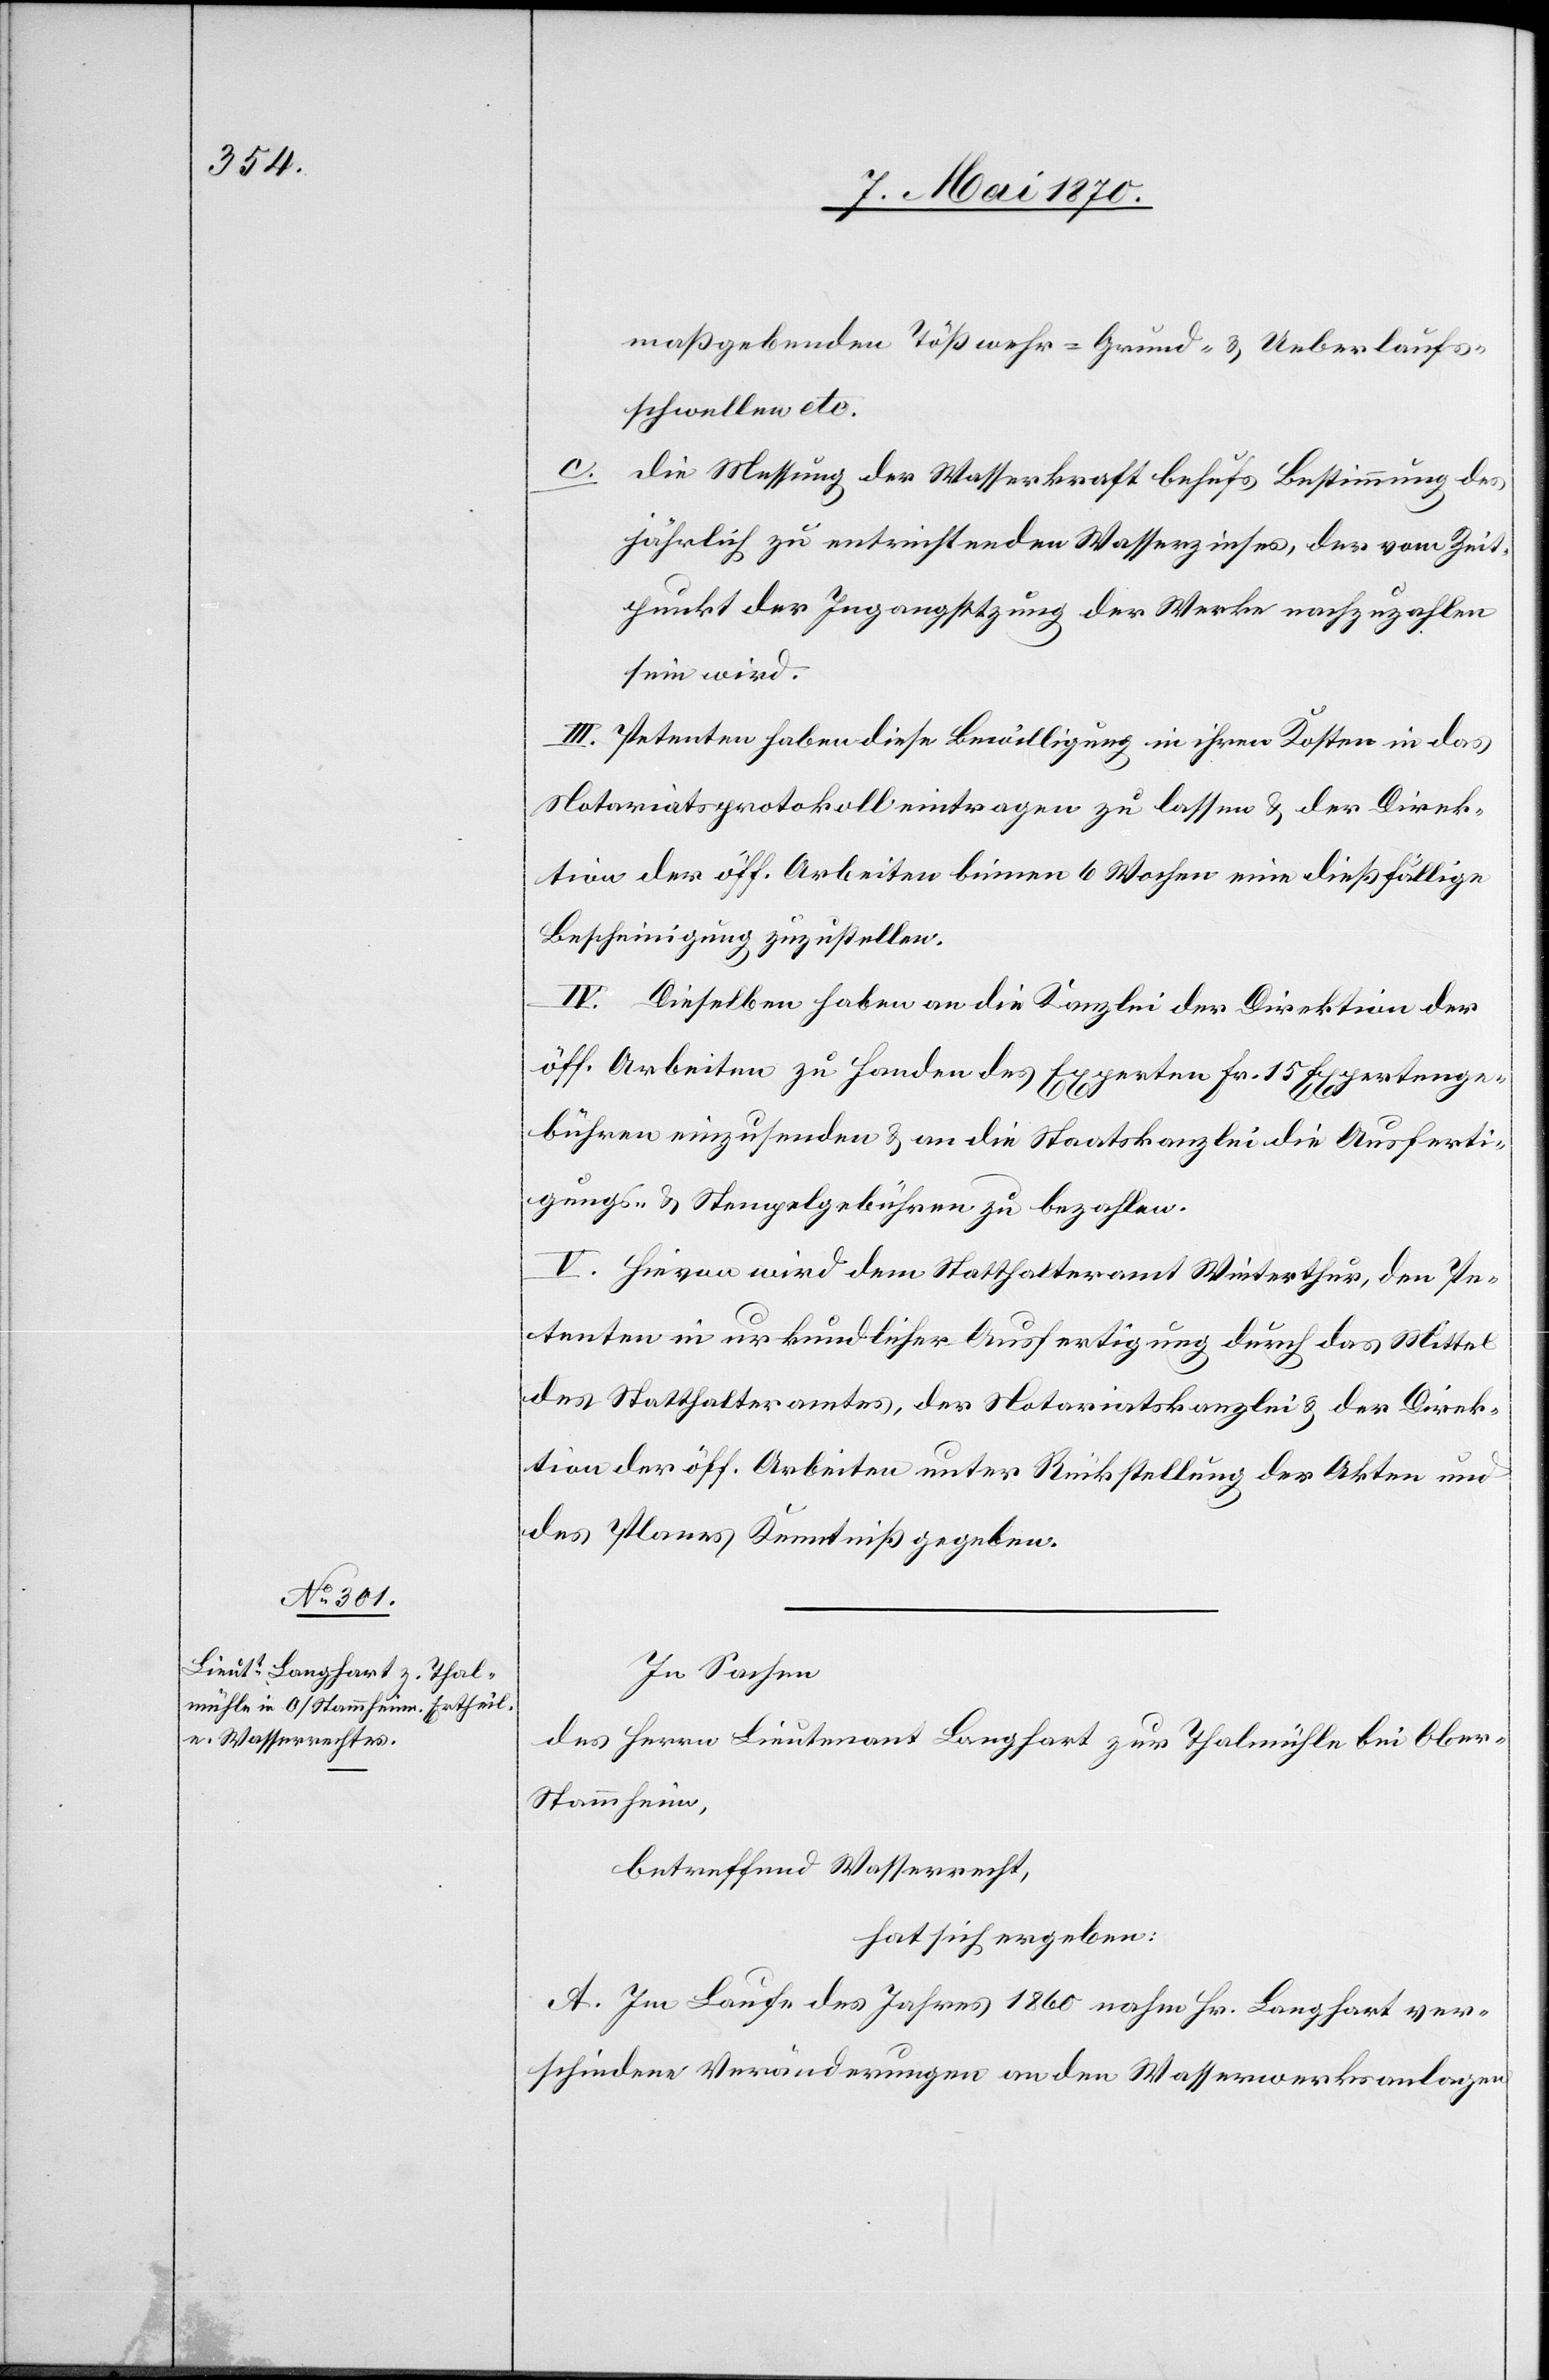
maßgebenden Tößwehr = Grund- & Ueberlaufs¬
schwellen etc.
c.
die Messung der Wasserkraft behufs Bestimmung des
jährlich zu entrichtenden Wasserzinses, der vom Zeit¬
punkt der Ingangsetzung der Werke nachzuzahlen
sein wird.
III. Petenten haben diese Bewilligung in ihren Kosten in das
Notariatsprotokoll eintragen zu lassen & der Direk¬
tion der öff. Arbeiten binnen 6 Wochen eine dießfällige
Bescheinigung zuzustellen.
IV. Dieselben haben an die Kanzlei der Direktion der
öff. Arbeiten zu Handen des Experten Fr. 15 Expertenge¬
bühren einzusenden & an die Staatskanzlei die Ausferti¬
gungs- & Stempelgebühren zu bezahlen.
V. Hievon wird dem Statthalteramt Winterthur, den Pe¬
tenten in urkundlicher Ausfertigung durch das Mittel
des Statthalteramtes, der Notariatskanzlei & der Direk¬
tion der öff. Arbeiten unter Rückstellung der Akten und
des Planes Kenntniß gegeben.
In Sachen
des Herrn Lieutenant Langhart zur Thalmühle bei Obe¬
r-Stammheim,
betreffend Wasserrecht,
hat sich ergeben:
A. Im Laufe des Jahres 1860 nahm Hr. Langhart ver¬
schieden Veränderungen an den Wasserwerksanlagen